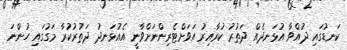
ކަނޑުގައި ދުއްވާ އުޅަނދެއް ދަތުރު ކުރާއިރު އަވަށްޓެރިންނަށްވާނީ އެއުޅަނދު ދަތުރުކުރާ މަގުގައި ހުންނަ